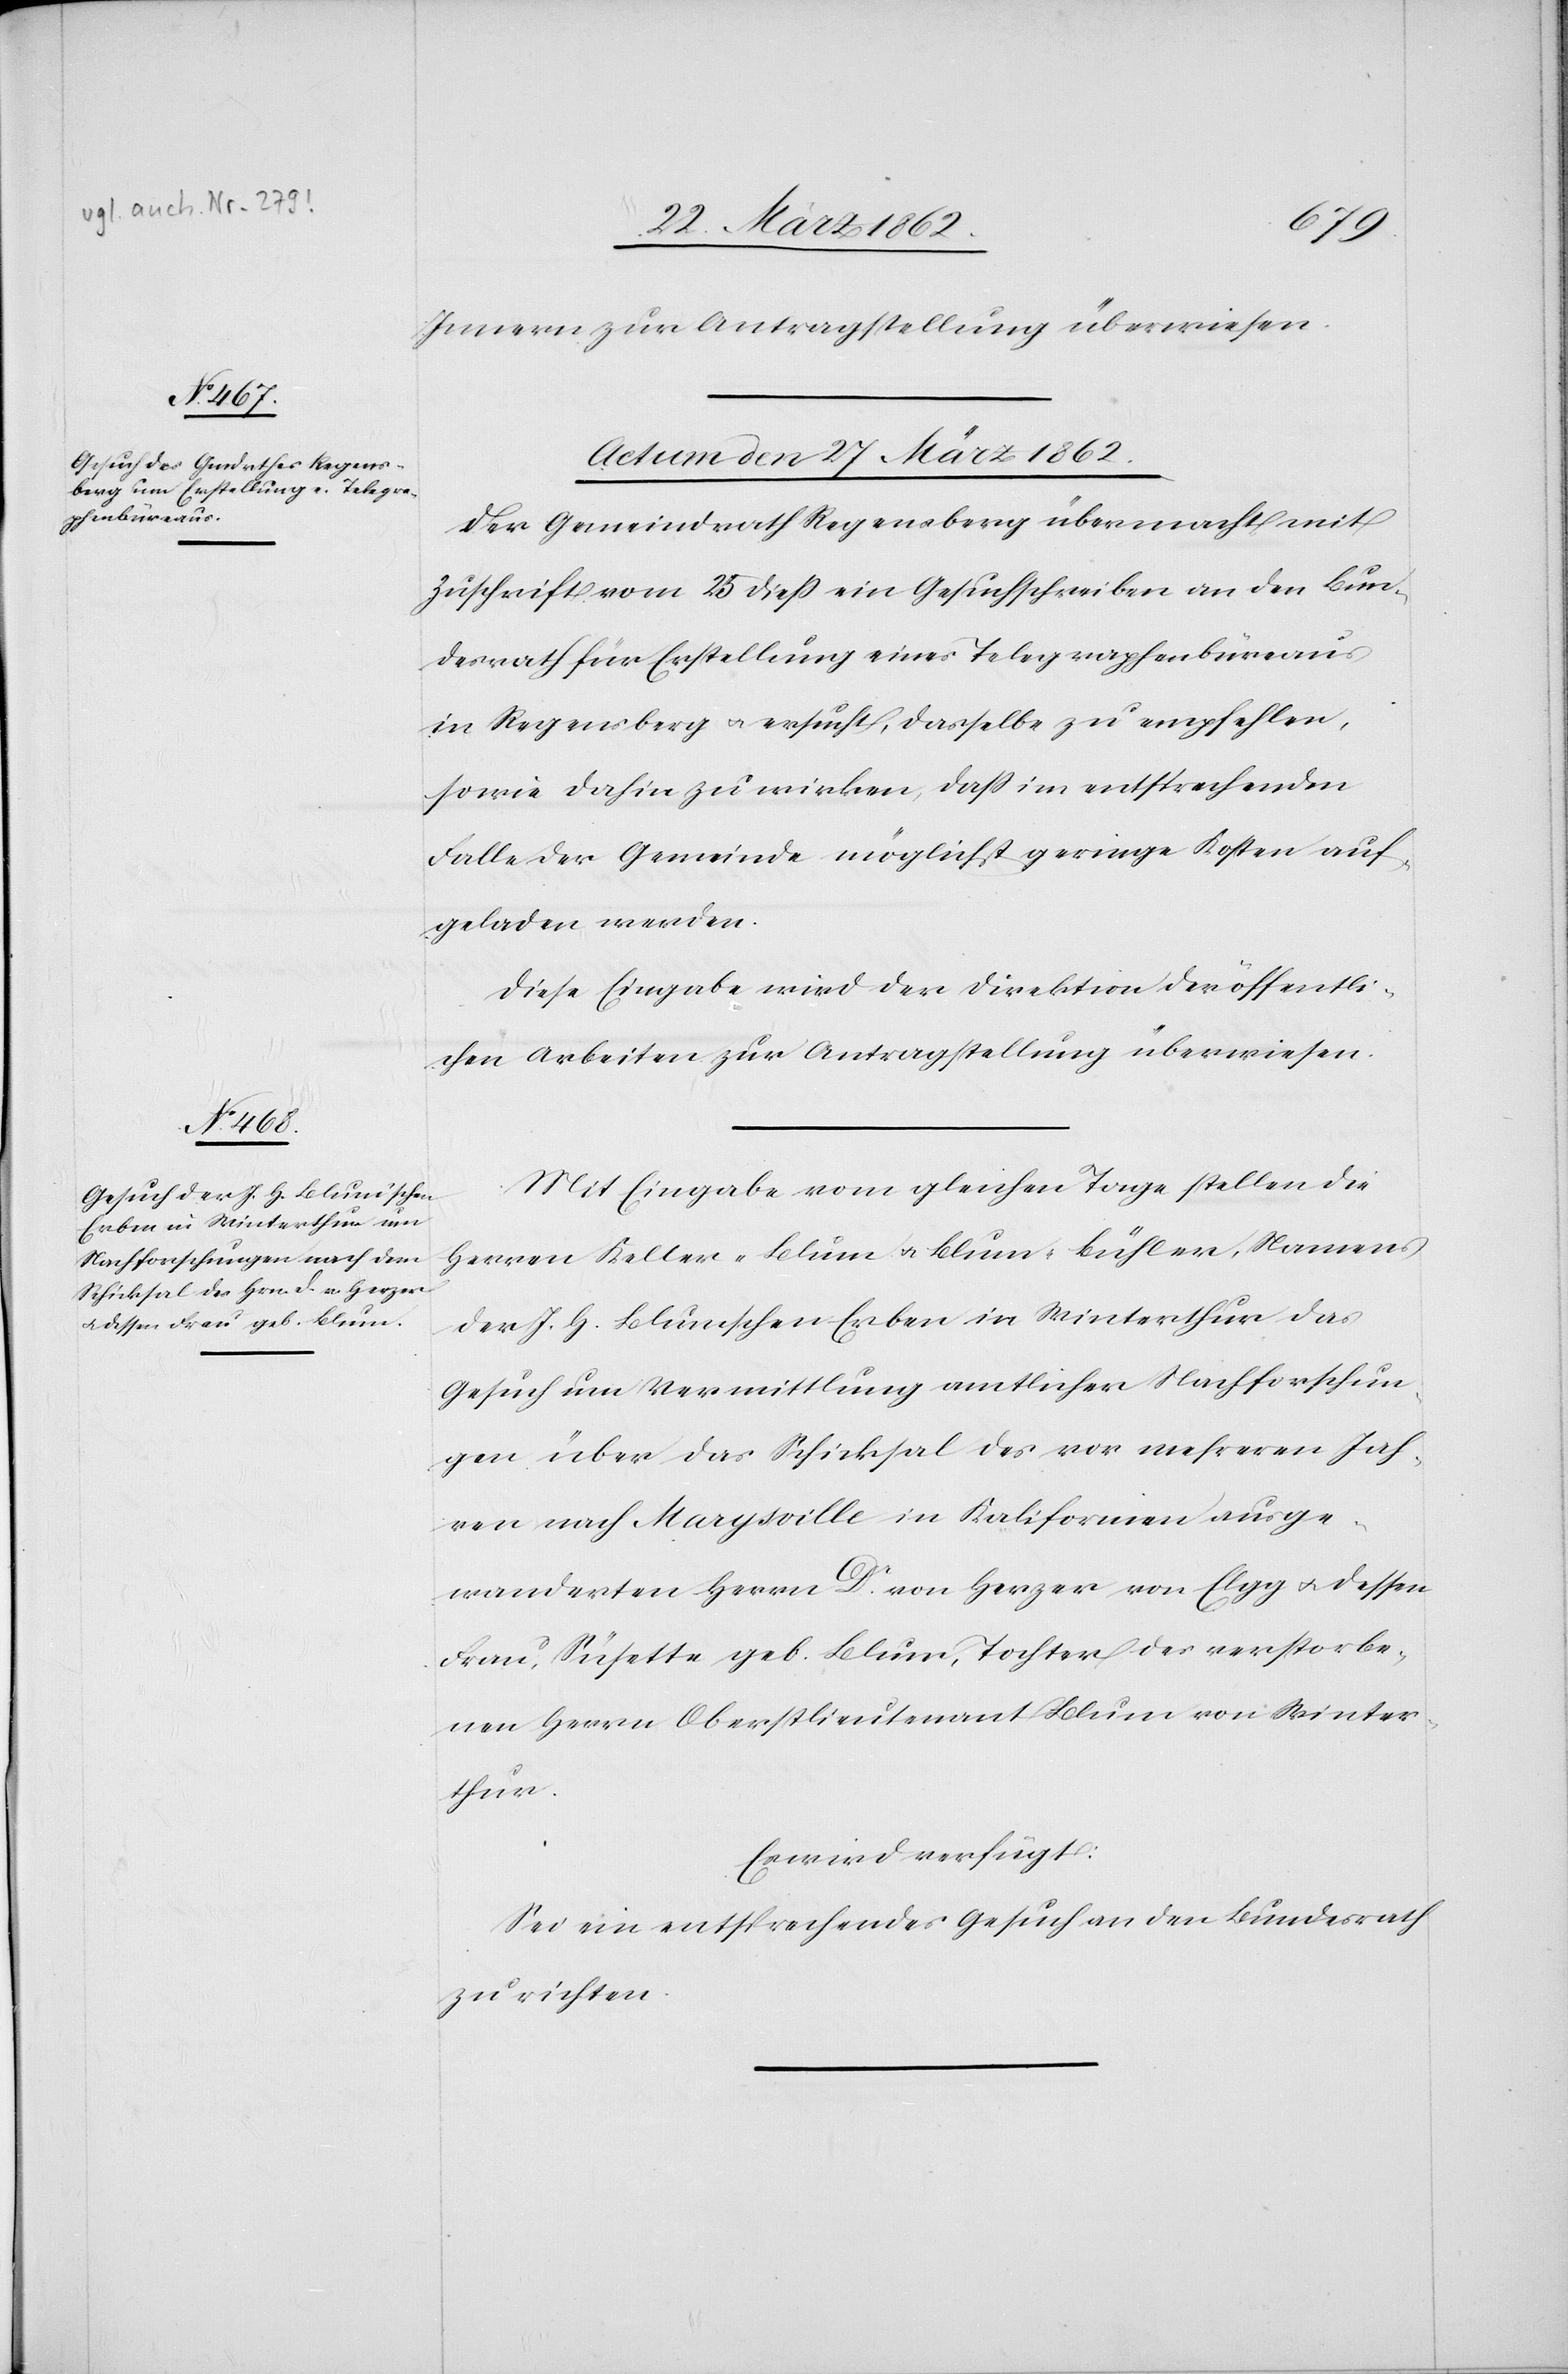
Innern zur Antragstellung überwiesen.
Actum den 27 März 1862.]
Der Gemeindrath Regensberg übermacht mit
Zuschrift vom 25 dieß ein Gesuchschreiben an den Bun¬
desrath für Erstellung eines Telegraphenbüreaus
in Regensberg u. ersucht, dasselbe zu empfehlen,
sowie dahin zu wirken, daß im entsprechenden
Falle der Gemeinde möglichst gerine Kosten auf¬
geladen werden.
Diese Eingabe wird der Direktion der öffentli¬
chen Arbeiten zur Antragstellung überwiesen.
Mit Eingabe vom gleichen Tage stellen die
Herren Keller-Blum u. Blum-Bühler, Namens
der J. H. Blumschen Erben in Winterthur das
Gesuch um Vermittlung amtlicher Nachforschun¬
gen über das Schicksal des vor mehreren Jah¬
ren nach Marysville in Kalifornien ausge¬
wanderten Herrn Dr. von Herzer von Elgg u. dessen
Frau, Süsette geb. Blum, Tochter des verstorbe¬
nen Herrn Oberstlieutenant Blum von Winter¬
thur.
Es wird verfügt:
Sei ein entsprechendes Gesuch an den Bundesrath
zu richten.